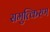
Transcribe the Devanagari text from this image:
समुत्किरण